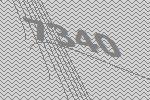
7340